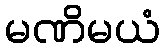
မဏိမယံ